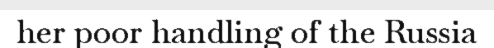
her poor handling of the Russia